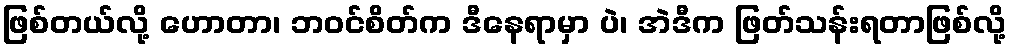
ဖြစ်တယ်လို့ ဟောတာ၊ ဘဝင်စိတ်က ဒီနေရာမှာ ပဲ၊ အဲဒီက ဖြတ်သန်းရတာဖြစ်လို့